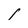
Character: l